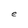
Character: e